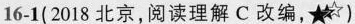
16-1(2018 北京,阅读理解 C 改编,★)